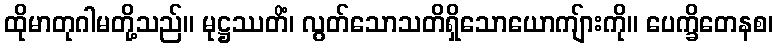
ထိုမာတုဂါမတို့သည်။ မုဋ္ဌဿတိံ၊ လွတ်သောသတိရှိသောယောကျ်ားကို။ ပေက္ခိတေနစ၊